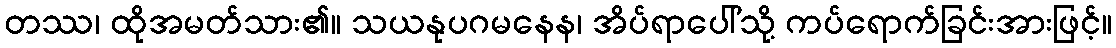
တဿ၊ ထိုအမတ်သား၏။ သယနုပဂမနေန၊ အိပ်ရာပေါ်သို့ ကပ်ရောက်ခြင်းအားဖြင့်။